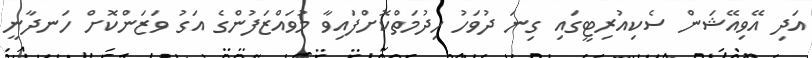
އަދި އޭވިއޭޝަން ސެކިއުރިޓީގައި ގިނަ ދުވަހު ހިދުމަތްކޮށްފައިވާ މުވައްޒަފުންގެ އަގު ވަޒަންކޮށް ހަނދާނީ